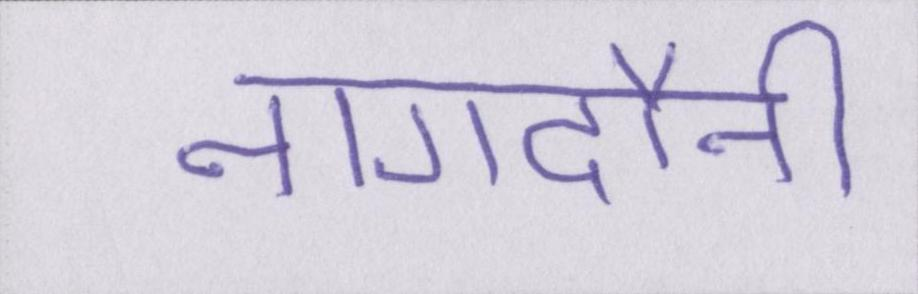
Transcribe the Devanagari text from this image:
नागदौनी